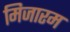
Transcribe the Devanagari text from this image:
मिजारम